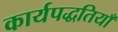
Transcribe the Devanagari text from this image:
कार्यपद्धतियाँ